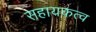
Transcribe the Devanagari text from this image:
सहायकत्व